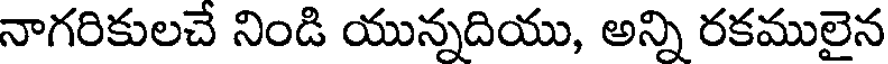
నాగరికులచే నిండి యున్నదియు, అన్ని రకములైన